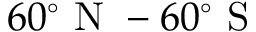
6 0 ^ { \circ } \mathrm { ~ N ~ } - 6 0 ^ { \circ } \mathrm { ~ S ~ }